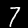
Label: 7